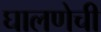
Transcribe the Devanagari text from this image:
घालणेची